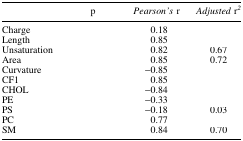
<table><thead><tr><td>[EMPTY_CELL]</td><td><b>p</b></td><td><b><i>Pearson's</i> r</b></td><td><b><i>Adjusted</i> r<sup><i>2</i></sup></b></td></tr></thead><tbody><tr><td>Charge</td><td>[EMPTY_CELL]</td><td>0.18</td><td>[EMPTY_CELL]</td></tr><tr><td>Length</td><td>[EMPTY_CELL]</td><td>0.85</td><td>[EMPTY_CELL]</td></tr><tr><td>Unsaturation</td><td>[EMPTY_CELL]</td><td>0.82</td><td>0.67</td></tr><tr><td>Area</td><td>[EMPTY_CELL]</td><td>0.85</td><td>0.72</td></tr><tr><td>Curvature</td><td>[EMPTY_CELL]</td><td>−0.85</td><td>[EMPTY_CELL]</td></tr><tr><td>CF1</td><td>[EMPTY_CELL]</td><td>0.85</td><td>[EMPTY_CELL]</td></tr><tr><td>CHOL</td><td>[EMPTY_CELL]</td><td>−0.84</td><td>[EMPTY_CELL]</td></tr><tr><td>PE</td><td>[EMPTY_CELL]</td><td>−0.33</td><td>[EMPTY_CELL]</td></tr><tr><td>PS</td><td>[EMPTY_CELL]</td><td>−0.18</td><td>0.03</td></tr><tr><td>PC</td><td>[EMPTY_CELL]</td><td>0.77</td><td>[EMPTY_CELL]</td></tr><tr><td>SM</td><td>[EMPTY_CELL]</td><td>0.84</td><td>0.70</td></tr></tbody></table>